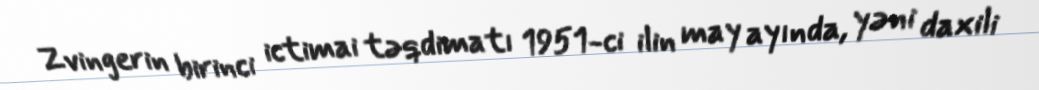
Zvingerin birinci ictimai təqdimatı 1951-ci ilin may ayında, yəni daxili